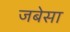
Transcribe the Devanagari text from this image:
जबेसा